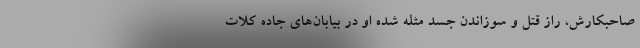
صاحبکارش، راز قتل و سوزاندن جسد مثله شده او در بیابان‌های جاده کلات